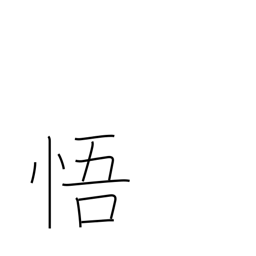
Meaning: perceive